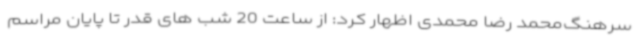
سرهنگ‌محمد رضا محمدی اظهار کرد: از ساعت 20 شب های قدر تا پایان مراسم